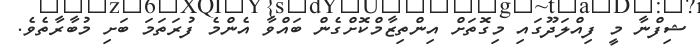
ޝިފްނާ މީ ފިއްލަދޫގައި މިގޮތަށް އިންތިޒާމްކޮށްގެން ބައްވާ އެންމެ ފުރަތަމަ ބަށި މުބާރާތެވެ.